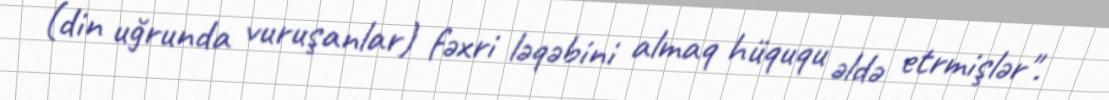
(din uğrunda vuruşanlar) fəxri ləqəbini almaq hüququ əldə etrmişlər".